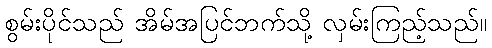
စွမ်းပိုင်သည် အိမ်အပြင်ဘက်သို့ လှမ်းကြည့်သည်။